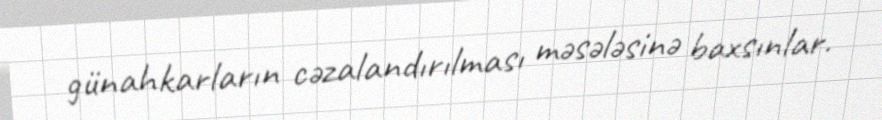
günahkarların cəzalandırılması məsələsinə baxsınlar.